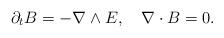
LaTeX: \begin{align*} \partial_t B=-\nabla\wedge E,\quad\nabla\cdot B=0.\end{align*}